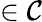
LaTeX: \in\mathcal{C}